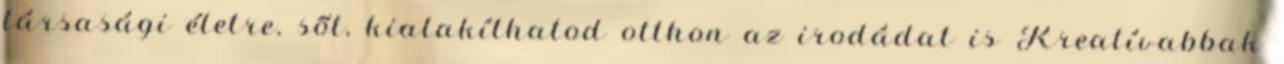
társasági életre, sőt, kialakíthatod otthon az irodádat is Kreatívabbak